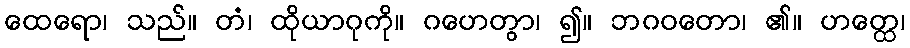
ထေရော၊ သည်။ တံ၊ ထိုယာဂုကို။ ဂဟေတွာ၊ ၍။ ဘဂဝတော၊ ၏။ ဟတ္ထေ၊